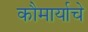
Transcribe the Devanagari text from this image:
कौमार्याचे